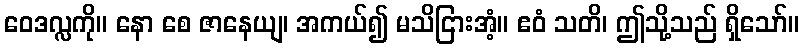
ဝေဒလ္လကို။ နော စေ ဇာနေယျ၊ အကယ်၍ မသိငြားအံ့။ ဧဝံ သတိ၊ ဤသို့သည် ရှိသော်။